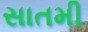
સાતમી